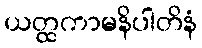
ယတ္ထကာမနိပါတိနံ